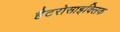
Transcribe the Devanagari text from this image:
हैटरोसाइक्लिक